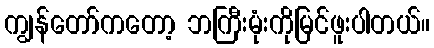
ကျွန်တော်ကတော့ ဘကြီးမုံးကိုမြင်ဖူးပါတယ်။